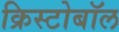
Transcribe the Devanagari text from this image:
क्रिस्टोबॉल